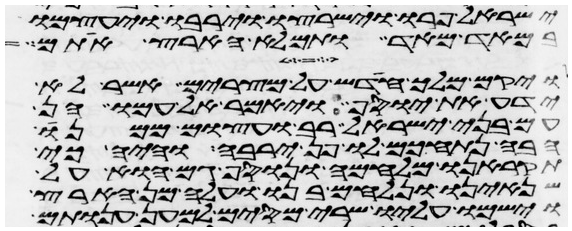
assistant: ישראל פרו וישרצו וירבו ויעצמו
במאד מאד ותמלא הארץ אתם
ויקם מלך חדש על מצרים אשר לא
ידע את יוסף ויאמר אל עמו הן
עם בני ישראל רב ועצום ממנו
הבה נתחכם לו פן ירבה והיה כי
תקראנו מלחמה ונוסף גם הוא על
שנאינו ונלחם בנו ועלה מן הארץ
וישמו עליו שרי מסים למען ענותם